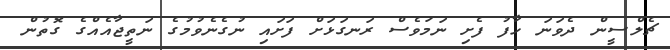
ޗެލްސީން ދެވަނަ ހާފު ފެށި ނަމަވެސް ރަނގަޅަށް ފަށައި ނުގެނެވުމުގެ ނަތީޖާއެއްގެ ގޮތުންް